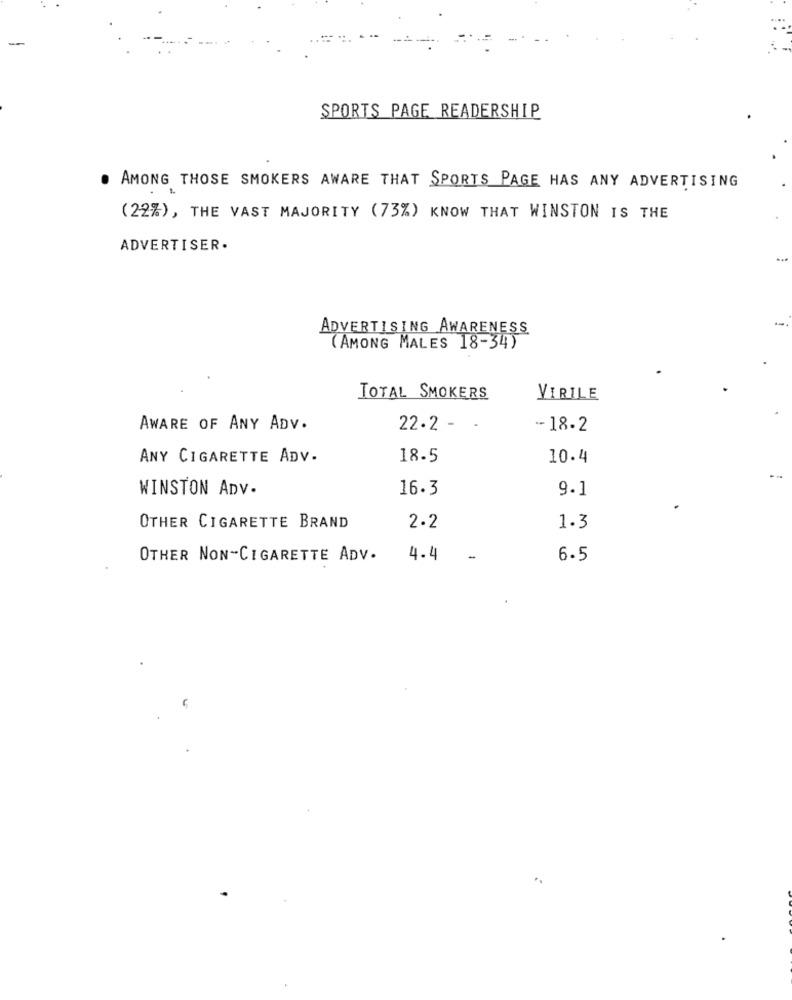
SPORTS PAGE READERSHIP
AMONG THOSE SMOKERS AWARE THAT SPORTS PAGE HAS ANY ADVERTISING
(22%), THE VAST MAJORITY (73%) KNOW THAT WINSTON IS THE
ADVERTISER.
ADVERTISING AWARENESS
(AMONG MALES 18-34)
TOTAL SMOKERS
VIRILE
AWARE OF ANY ADV.
22.2 - -
-18.2
ANY CIGARETTE ADV.
18.5
10.4
WINSTON ADV.
16.3
9.1
OTHER CIGARETTE BRAND
2.2
1.3
OTHER NON-CIGARETTE ADV.
4.4
6.5